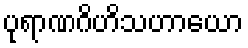
ပုရာဏဂိဟိသဟာယော